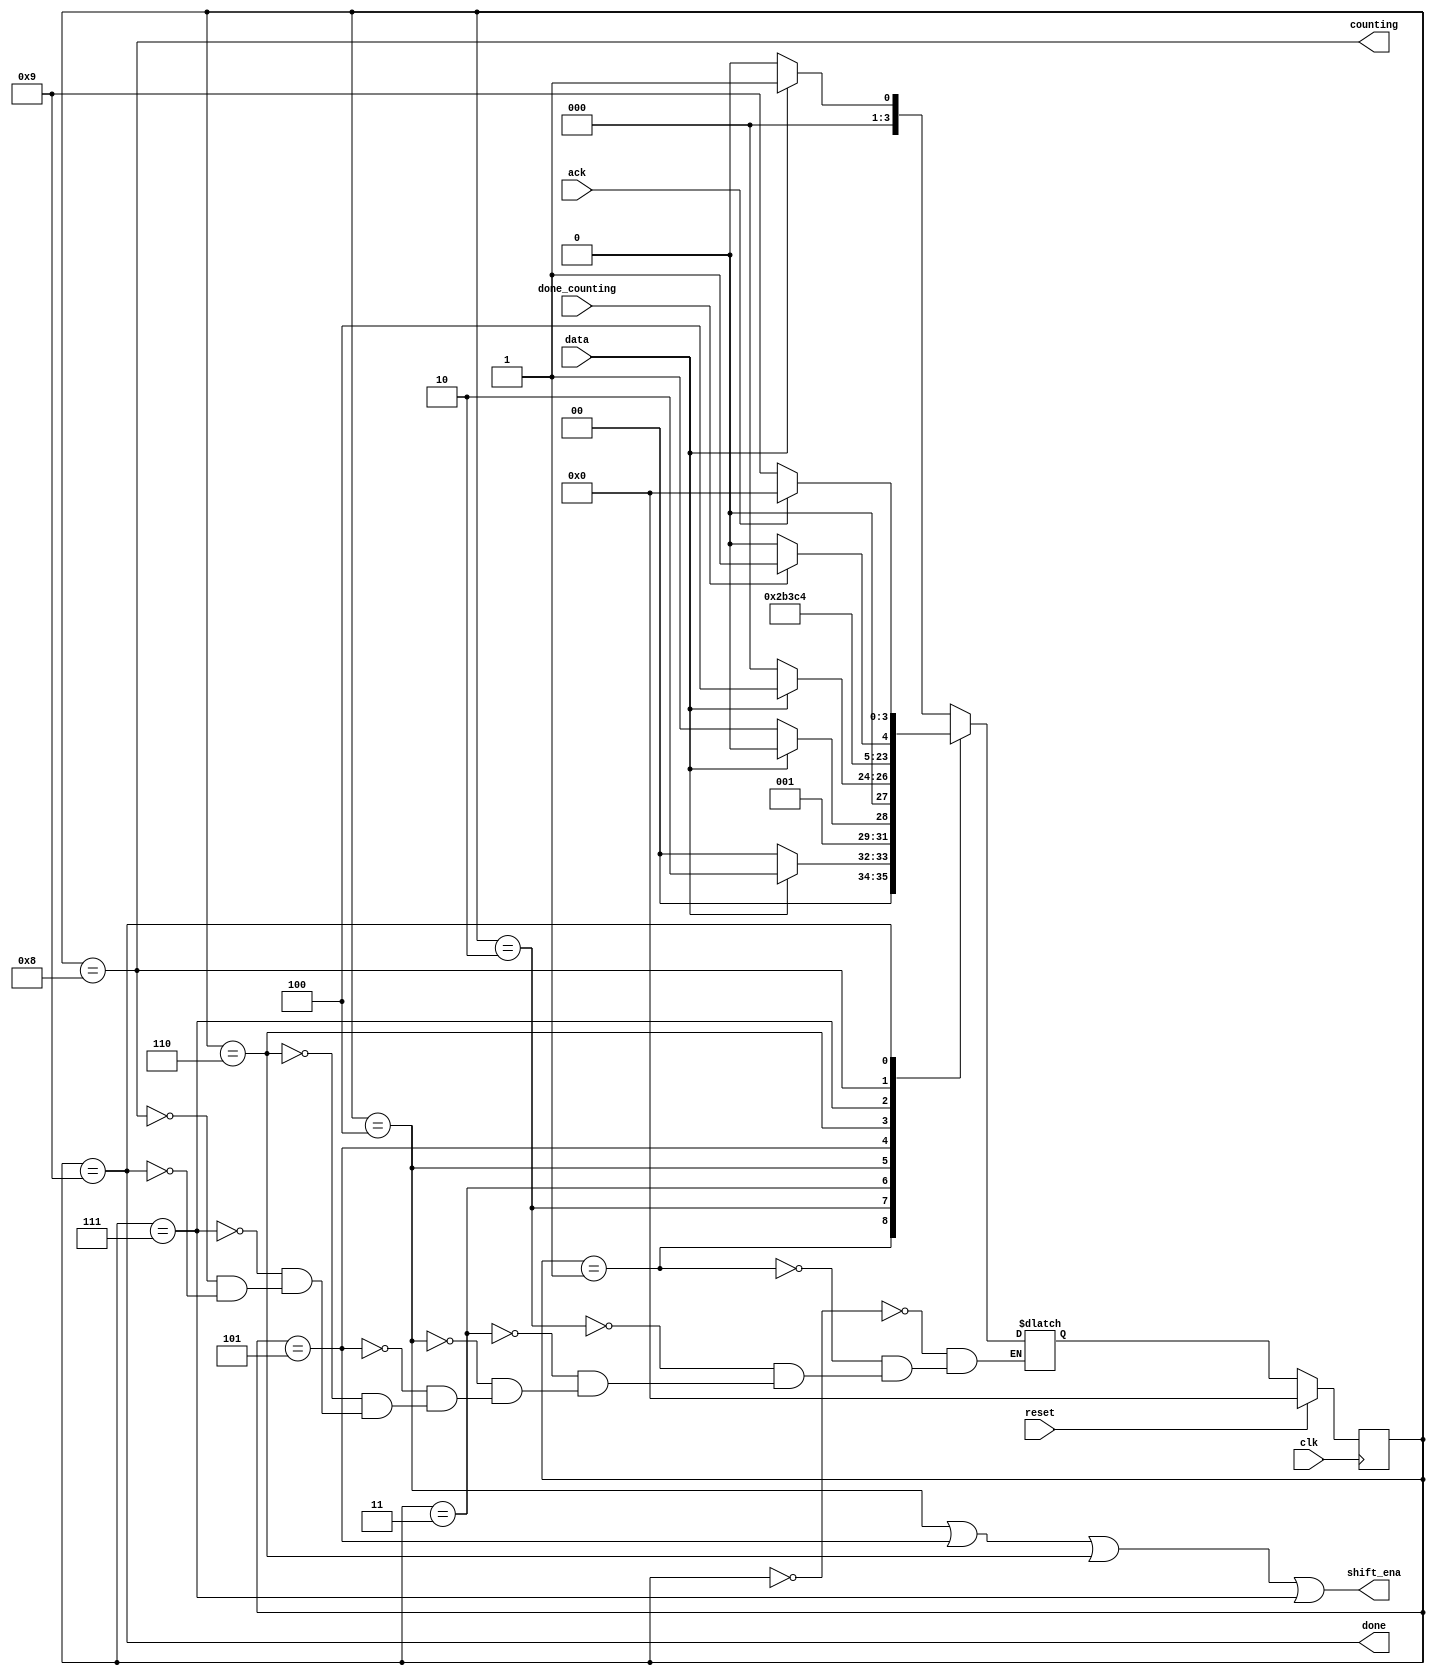
module top_module (
    input clk,
    input reset,      // Synchronous reset
    input data,
    output shift_ena,
    output counting,
    input done_counting,
    output done,
    input ack );
    
    //-------------Internal Constants-----------------
    parameter S=0, S1=1, S11=2, S110=3, B0=4, B1=5, B2=6, B3=7, Count=8, Wait=9 ;  // States 

    //-------------Internal Variables-----------------
    reg [3:0] state, next_state;    

    // State transition logic - Combinational Logic
    always @(*) begin
        case(state)
            S : next_state = data ? S1 : S ;
            S1 : next_state = data ? S11 : S ;
            S11 : next_state = data ? S11 : S110 ;
            S110 : next_state = data ? B0 : S ;
            B0 : next_state = B1;
            B1 : next_state = B2;
            B2 : next_state = B3;
            B3 : next_state = Count;
            Count : next_state = done_counting ? Wait : Count;
            Wait : next_state = ack ? S : Wait;
            //default : next_state = x;
        endcase
    end

    // Current state logic - Sequential Logic
    always @(posedge clk) begin
    // synchronous reset
        if(reset)
            state <= S;
        else
            state <= next_state;
    end

    // Output logic - Combinational output logic
    assign shift_ena = (state == B0) | (state == B1) | (state == B2) | (state == B3);
    assign counting = ( state == Count );
    assign done = ( state == Wait );

endmodule